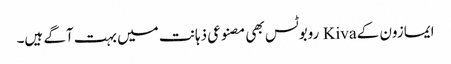
ایمازون کے Kiva روبوٹس بھی مصنوعی ذہانت میں بہت آگے ہیں۔